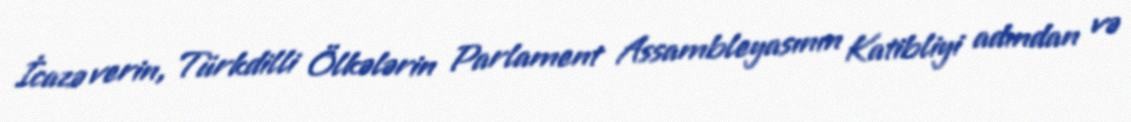
İcazə verin, Türkdilli Ölkələrin Parlament Assambleyasının Katibliyi adından və